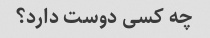
چه کسی دوست دارد؟